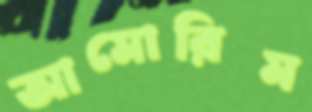
আমোরিম